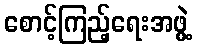
စောင့်ကြည့်ရေးအဖွဲ့